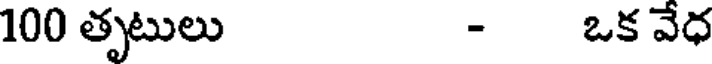
100 తృటులు - ఒక వేధ